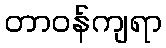
တာဝန်ကျရာ